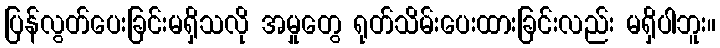
ပြန်လွတ်ပေးခြင်းမရှိသလို အမှုတွေ ရုတ်သိမ်းပေးထားခြင်းလည်း မရှိပါဘူး။